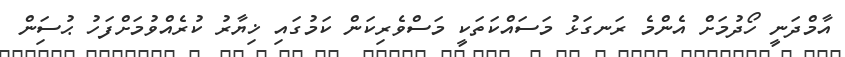
އާމްދަނީ ހޯދުމަށް އެންމެ ރަނގަޅު މަސައްކަތަކީ މަސްވެރިކަން ކަމުގައި ޚިޔާރު ކުރެއްވުމަށްފަހު ޙުސަިން